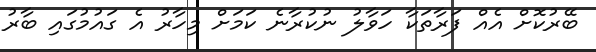
ބޭރުކޮށް އެއް ފަރާތަކާ ހަވާލު ނުކުރާނެ ކަމަށް މިހާރު އެ ގައުމުގައި ބާރު